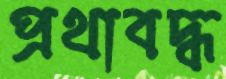
প্রথাবদ্ধ